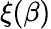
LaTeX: \xi(\beta)